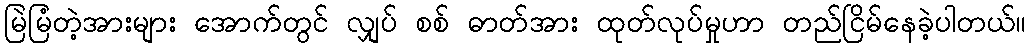
မြဲမြံတဲ့အားများ အောက်တွင် လျှပ် စစ် ဓာတ်အား ထုတ်လုပ်မှုဟာ တည်ငြိမ်နေခဲ့ပါတယ်။